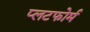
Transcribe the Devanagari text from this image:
प्लटफोर्म